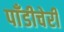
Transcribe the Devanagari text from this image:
पाँडीचेरी